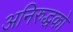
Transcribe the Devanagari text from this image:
अनिरुद्धको